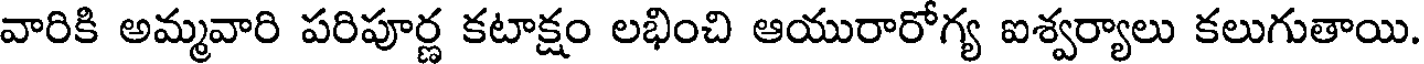
వారికి అమ్మవారి పరిపూర్ణ కటాక్షం లభించి ఆయురారోగ్య ఐశ్వర్యాలు కలుగుతాయి.